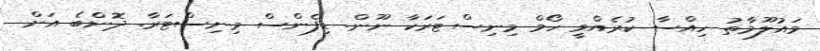
މައުލޫމާތު ހިއްސާ ކުރެއްވީ ހޯމް މިނިސްޓަރަކާ ނޫން. ޑިފެންސް މިނިސްޓަރާ. ދޮންބެ އަށް